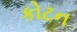
કોટન